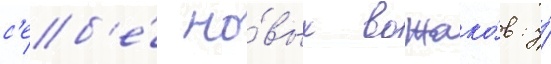
с'еб'е́ но́вых вожако́в: у́